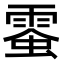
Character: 𩃪